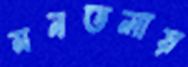
মনতলায়